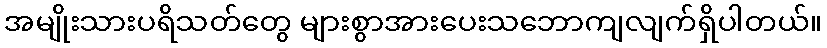
အမျိုးသားပရိသတ်တွေ များစွာအားပေးသဘောကျလျက်ရှိပါတယ်။